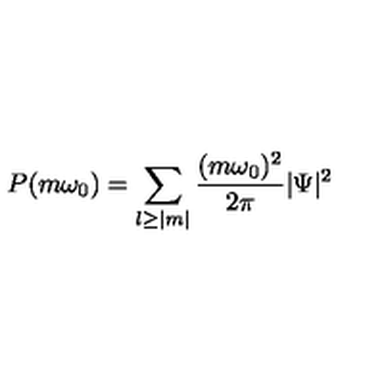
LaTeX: P ( m \omega _ { 0 } ) = \sum _ { l \geq | m | } \frac { ( m \omega _ { 0 } ) ^ { 2 } } { 2 \pi } | \Psi | ^ { 2 } \,